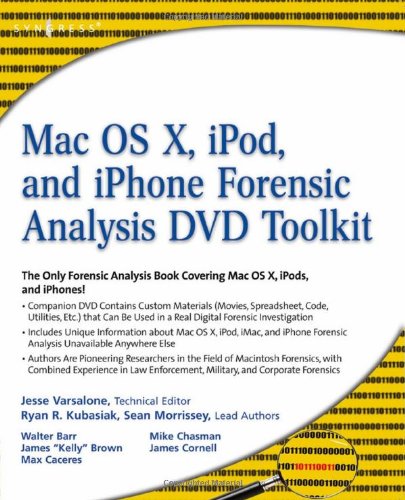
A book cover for Mac OS X, iPod, and iPhone Forensic Analysis DVD Toolkit; Ryan R. Kubasiak; Computers & Technology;